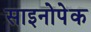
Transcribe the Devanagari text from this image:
साइनोपेक